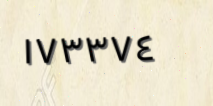
١٧٣٣٧٤